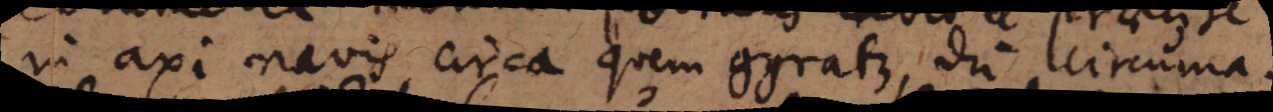
in axi navis circa quem gyratur, dum circuma-